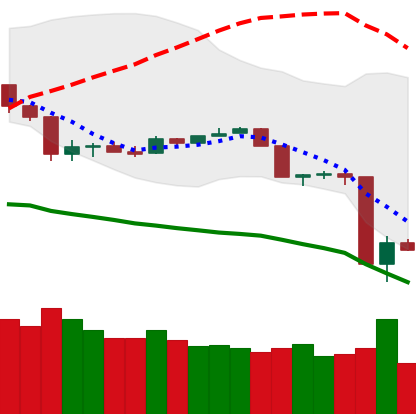
Ticker: TRX-USD
Chart end date: 2020-03-14
Forward return: 19.525%
Label: up_7plus